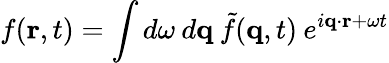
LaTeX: f(\textbf{r},t)=\int d\omega\: d\textbf{q}\: \tilde{f}(\textbf{q},t)\: e^{i\textbf{q}\cdot\textbf{r}+\omega t}